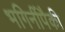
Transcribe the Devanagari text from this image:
भगिनींपैकी